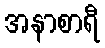
အနာစာရီ